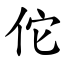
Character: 佗